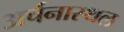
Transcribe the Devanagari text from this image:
अर्चनास्थल